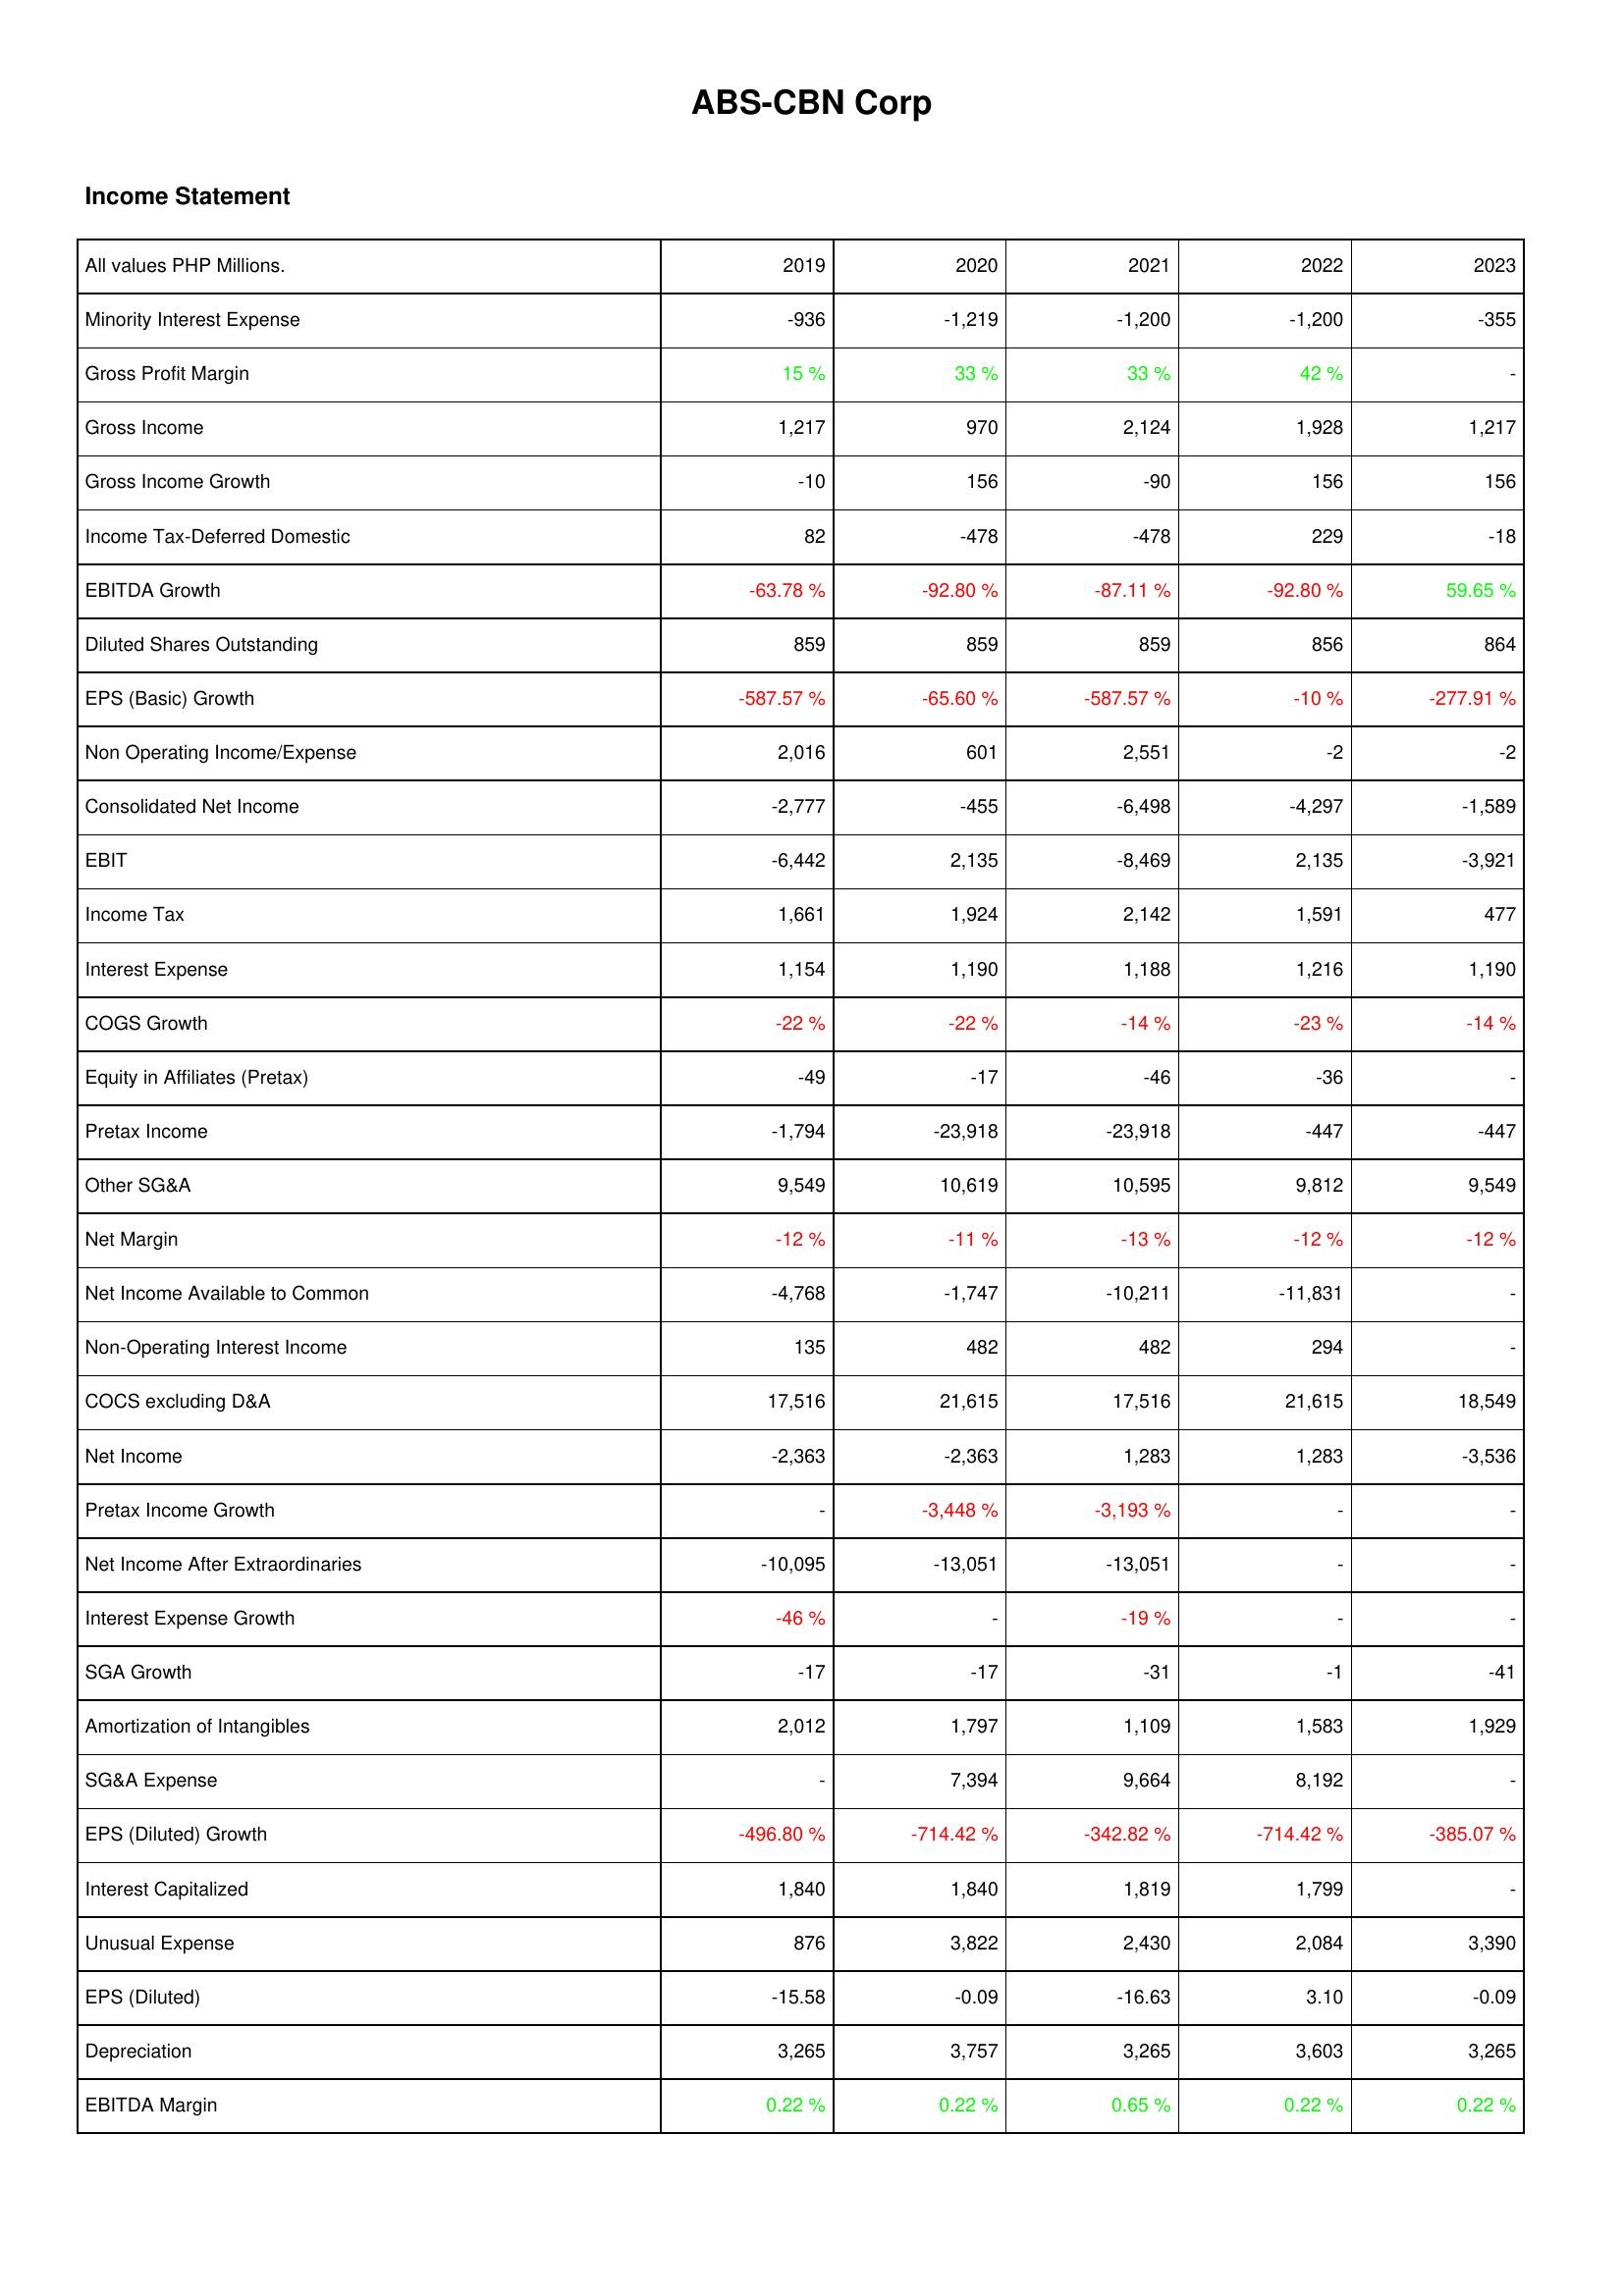
2019: Income Statement: Minority Interest Expense: -936
Gross Profit Margin: 15 %
Gross Income: 1,217
Gross Income Growth: -10
Income Tax-Deferred Domestic: 82
EBITDA Growth: -63.78 %
Diluted Shares Outstanding: 859
EPS (Basic) Growth: -587.57 %
Non Operating Income/Expense: 2,016
Consolidated Net Income: -2,777
EBIT: -6,442
Income Tax: 1,661
Interest Expense: 1,154
COGS Growth: -22 %
Equity in Affiliates (Pretax): -49
Pretax Income: -1,794
Other SG&A: 9,549
Net Margin: -12 %
Net Income Available to Common: -4,768
Non-Operating Interest Income: 135
COCS excluding D&A: 17,516
Net Income: -2,363
Pretax Income Growth: -
Net Income After Extraordinaries: -10,095
Interest Expense Growth: -46 %
SGA Growth: -17
Amortization of Intangibles: 2,012
SG&A Expense: -
EPS (Diluted) Growth: -496.80 %
Interest Capitalized: 1,840
Unusual Expense: 876
EPS (Diluted): -15.58
Depreciation: 3,265
EBITDA Margin: 0.22 %
2020: Income Statement: Minority Interest Expense: -1,219
Gross Profit Margin: 33 %
Gross Income: 970
Gross Income Growth: 156
Income Tax-Deferred Domestic: -478
EBITDA Growth: -92.80 %
Diluted Shares Outstanding: 859
EPS (Basic) Growth: -65.60 %
Non Operating Income/Expense: 601
Consolidated Net Income: -455
EBIT: 2,135
Income Tax: 1,924
Interest Expense: 1,190
COGS Growth: -22 %
Equity in Affiliates (Pretax): -17
Pretax Income: -23,918
Other SG&A: 10,619
Net Margin: -11 %
Net Income Available to Common: -1,747
Non-Operating Interest Income: 482
COCS excluding D&A: 21,615
Net Income: -2,363
Pretax Income Growth: -3,448 %
Net Income After Extraordinaries: -13,051
Interest Expense Growth: -
SGA Growth: -17
Amortization of Intangibles: 1,797
SG&A Expense: 7,394
EPS (Diluted) Growth: -714.42 %
Interest Capitalized: 1,840
Unusual Expense: 3,822
EPS (Diluted): -0.09
Depreciation: 3,757
EBITDA Margin: 0.22 %
2021: Income Statement: Minority Interest Expense: -1,200
Gross Profit Margin: 33 %
Gross Income: 2,124
Gross Income Growth: -90
Income Tax-Deferred Domestic: -478
EBITDA Growth: -87.11 %
Diluted Shares Outstanding: 859
EPS (Basic) Growth: -587.57 %
Non Operating Income/Expense: 2,551
Consolidated Net Income: -6,498
EBIT: -8,469
Income Tax: 2,142
Interest Expense: 1,188
COGS Growth: -14 %
Equity in Affiliates (Pretax): -46
Pretax Income: -23,918
Other SG&A: 10,595
Net Margin: -13 %
Net Income Available to Common: -10,211
Non-Operating Interest Income: 482
COCS excluding D&A: 17,516
Net Income: 1,283
Pretax Income Growth: -3,193 %
Net Income After Extraordinaries: -13,051
Interest Expense Growth: -19 %
SGA Growth: -31
Amortization of Intangibles: 1,109
SG&A Expense: 9,664
EPS (Diluted) Growth: -342.82 %
Interest Capitalized: 1,819
Unusual Expense: 2,430
EPS (Diluted): -16.63
Depreciation: 3,265
EBITDA Margin: 0.65 %
2022: Income Statement: Minority Interest Expense: -1,200
Gross Profit Margin: 42 %
Gross Income: 1,928
Gross Income Growth: 156
Income Tax-Deferred Domestic: 229
EBITDA Growth: -92.80 %
Diluted Shares Outstanding: 856
EPS (Basic) Growth: -10 %
Non Operating Income/Expense: -2
Consolidated Net Income: -4,297
EBIT: 2,135
Income Tax: 1,591
Interest Expense: 1,216
COGS Growth: -23 %
Equity in Affiliates (Pretax): -36
Pretax Income: -447
Other SG&A: 9,812
Net Margin: -12 %
Net Income Available to Common: -11,831
Non-Operating Interest Income: 294
COCS excluding D&A: 21,615
Net Income: 1,283
Pretax Income Growth: -
Net Income After Extraordinaries: -
Interest Expense Growth: -
SGA Growth: -1
Amortization of Intangibles: 1,583
SG&A Expense: 8,192
EPS (Diluted) Growth: -714.42 %
Interest Capitalized: 1,799
Unusual Expense: 2,084
EPS (Diluted): 3.10
Depreciation: 3,603
EBITDA Margin: 0.22 %
2023: Income Statement: Minority Interest Expense: -355
Gross Profit Margin: -
Gross Income: 1,217
Gross Income Growth: 156
Income Tax-Deferred Domestic: -18
EBITDA Growth: 59.65 %
Diluted Shares Outstanding: 864
EPS (Basic) Growth: -277.91 %
Non Operating Income/Expense: -2
Consolidated Net Income: -1,589
EBIT: -3,921
Income Tax: 477
Interest Expense: 1,190
COGS Growth: -14 %
Equity in Affiliates (Pretax): -
Pretax Income: -447
Other SG&A: 9,549
Net Margin: -12 %
Net Income Available to Common: -
Non-Operating Interest Income: -
COCS excluding D&A: 18,549
Net Income: -3,536
Pretax Income Growth: -
Net Income After Extraordinaries: -
Interest Expense Growth: -
SGA Growth: -41
Amortization of Intangibles: 1,929
SG&A Expense: -
EPS (Diluted) Growth: -385.07 %
Interest Capitalized: -
Unusual Expense: 3,390
EPS (Diluted): -0.09
Depreciation: 3,265
EBITDA Margin: 0.22 %